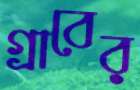
গ্রাবের